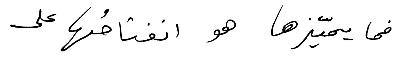
فما يميّزها هو انفتاحُها على